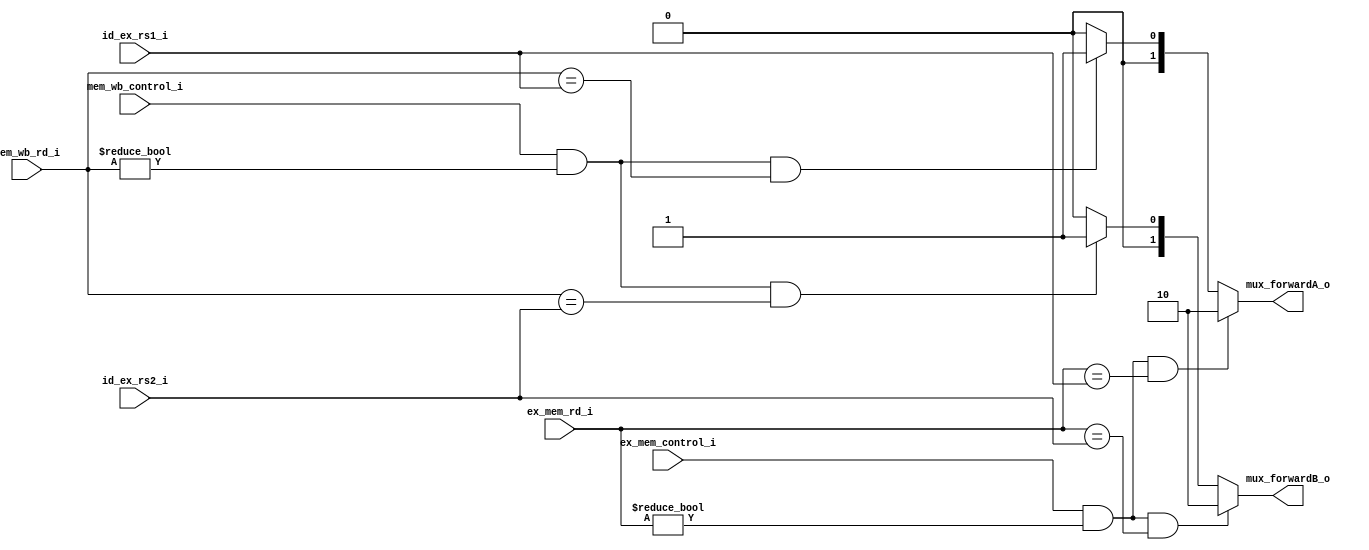
module Forwarding(
	mux_forwardA_o,	
	mux_forwardB_o,	
	ex_mem_control_i,	
	mem_wb_control_i,	
	ex_mem_rd_i,
	mem_wb_rd_i,
	id_ex_rs1_i,	
	id_ex_rs2_i		
);

input	ex_mem_control_i, mem_wb_control_i;
input[4:0] ex_mem_rd_i, mem_wb_rd_i, id_ex_rs1_i, id_ex_rs2_i;
output reg[1:0] mux_forwardA_o, mux_forwardB_o;


always @(*) begin
mux_forwardA_o = ( (ex_mem_control_i == 1) 
		    && (ex_mem_rd_i != 0) 
		    && (ex_mem_rd_i == id_ex_rs1_i ) )
		    ? 2'b10 : 
		    ( (mem_wb_control_i == 1) 
		    && (mem_wb_rd_i != 0) 
		    && (mem_wb_rd_i == id_ex_rs1_i) )
		    ? 2'b01 : 2'b00 ;

mux_forwardB_o = ( (ex_mem_control_i == 1) 
		    && (ex_mem_rd_i != 0) 
		    && (ex_mem_rd_i == id_ex_rs2_i ) )
		    ? 2'b10 : 
		    ( (mem_wb_control_i == 1) 
		    && (mem_wb_rd_i != 0) 
		    && (mem_wb_rd_i == id_ex_rs2_i) )
		    ? 2'b01 : 2'b00 ;
end

endmodule